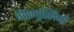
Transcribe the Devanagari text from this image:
गैरमुस्लिमों